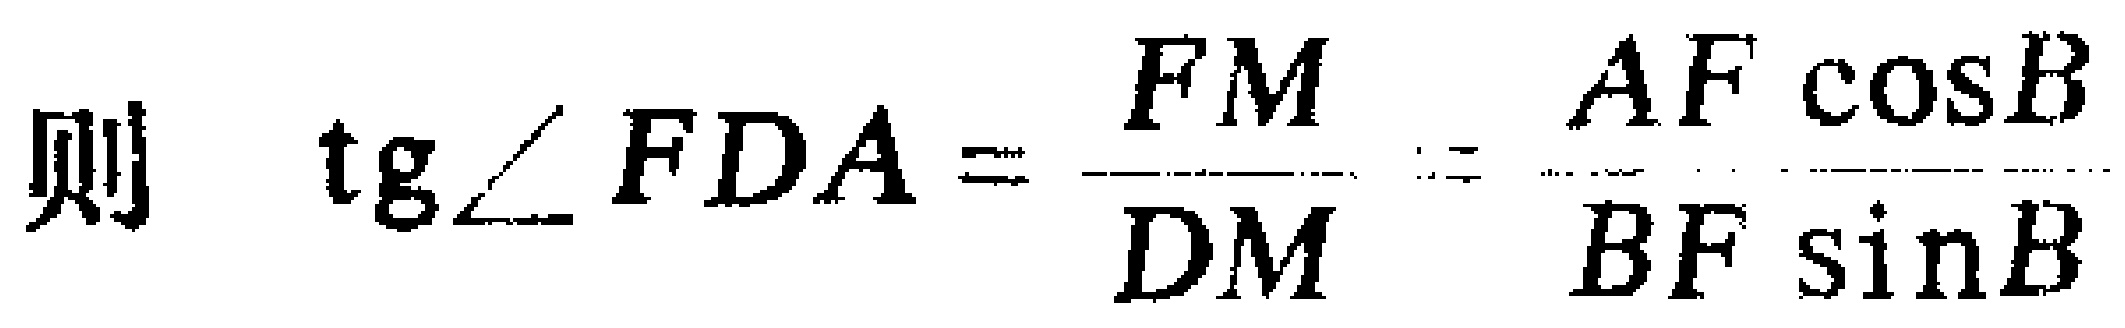
则 \(\tg\angle FDA=\frac{FM}{DM}=\frac{AF\cos B}{BF\sin B}\)